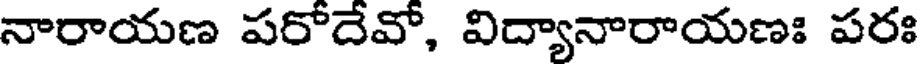
నారాయణ పరోదేవో, విద్యానారాయణః పరః